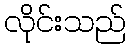
လိုင်းသည်